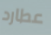
عطارد